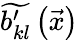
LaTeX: \widetilde{b_{kl}^{\prime}}\left(\vec{x}\right)